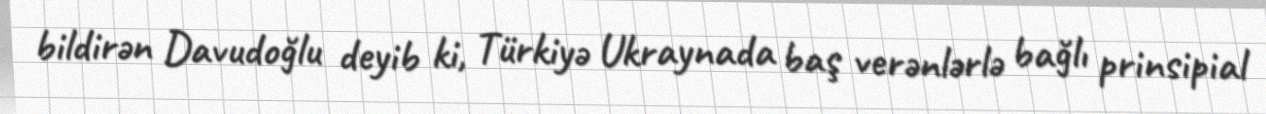
bildirən Davudoğlu deyib ki, Türkiyə Ukraynada baş verənlərlə bağlı prinsipial